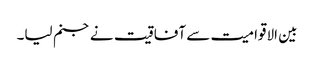
بین الاقوامیت سے آفاقیت نے جنم لیا۔